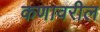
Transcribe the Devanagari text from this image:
कणावरील